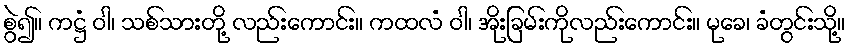
စွဲ၍။ ကဋ္ဌံ ဝါ၊ သစ်သားတို့ လည်းကောင်း။ ကထလံ ဝါ၊ အိုးခြမ်းကိုလည်းကောင်း။ မုခေ၊ ခံတွင်းသို့။